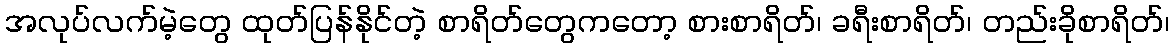
အလုပ်လက်မဲ့တွေ ထုတ်ပြန်နိုင်တဲ့ စာရိတ်တွေကတော့ စားစာရိတ်၊ ခရီးစာရိတ်၊ တည်းခိုစာရိတ်၊